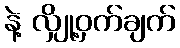
နဲ့ လျှို့ဝှက်ချက်